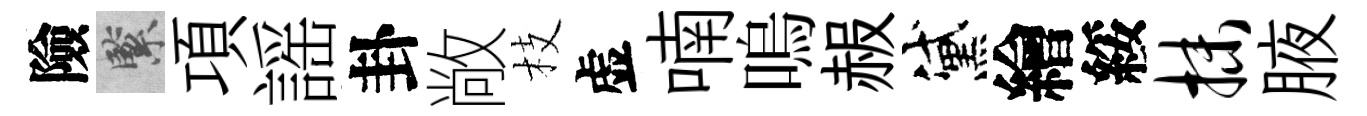
險緊項謡卦敞枝虚喃嗚赧黛繪綏抹腋